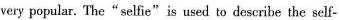
very popular. The"selfie"is used to deseribe the self-